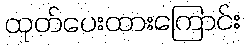
ထုတ်ပေးထားကြောင်း